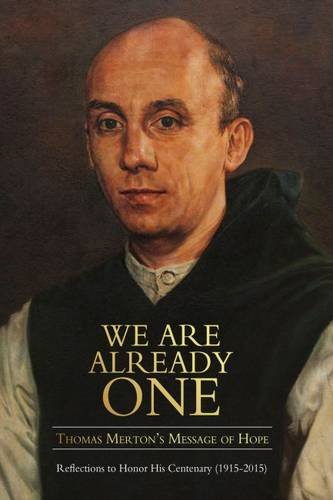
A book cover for We Are Already One: Thomas Merton's Message of Hope: Reflections to Honor His Centenary (1915EE2015) (The Fons Vitae Thomas Merton series); Jonathan Montaldo; Christian Books & Bibles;